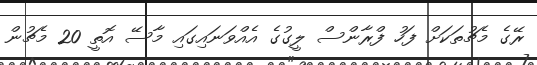
ރޭގެ މެޗުތަކަށް ފަހު ފްރާންސް ލީގުގެ އެއްވަނައިގައި މާސޭ އޮތީ 20 މެޗުން